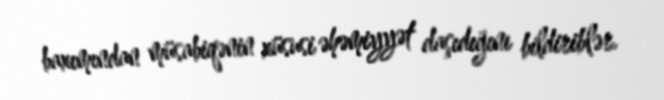
baxımından müsabiqənin xüsusi əhəmiyyət daşıdığını bildiriblər.